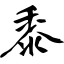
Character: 黍